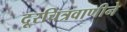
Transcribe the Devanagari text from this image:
दूरचित्रवाणीने